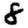
Digit: 8